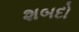
શબદો